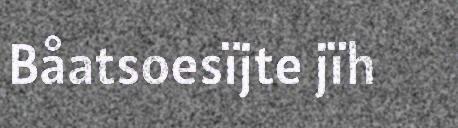
Båatsoesïjte jïh